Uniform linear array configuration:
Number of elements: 64
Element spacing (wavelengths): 0.5
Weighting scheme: kaiser
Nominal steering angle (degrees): -15
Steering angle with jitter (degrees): -13.051
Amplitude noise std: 0.05
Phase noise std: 0.05

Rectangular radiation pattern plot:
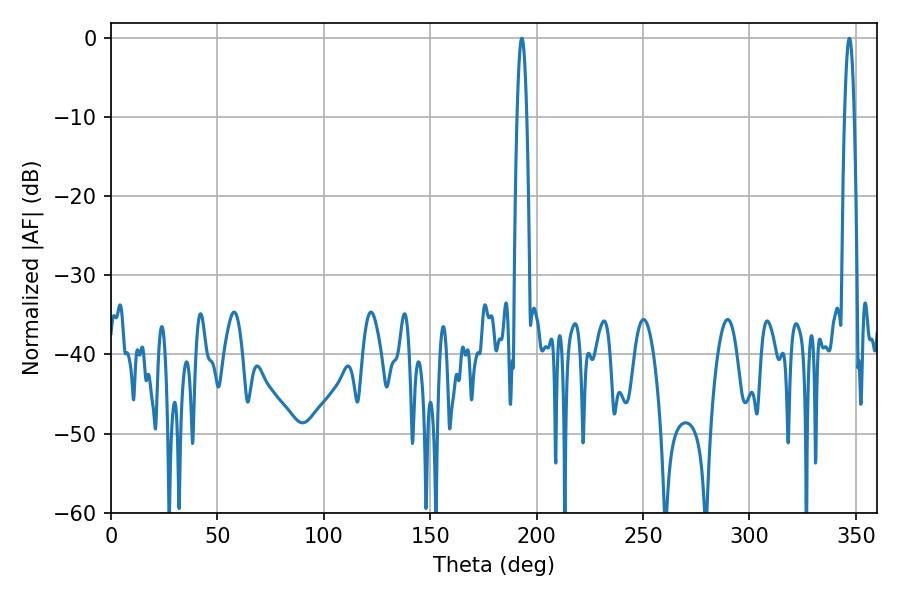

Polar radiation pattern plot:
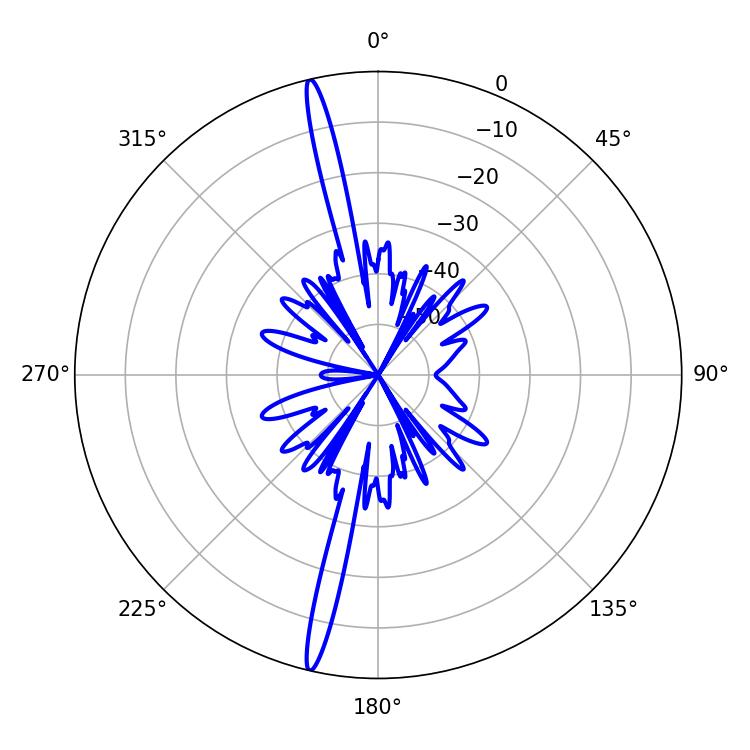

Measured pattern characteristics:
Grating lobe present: FALSE
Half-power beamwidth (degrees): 2.34
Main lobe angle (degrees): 192.96